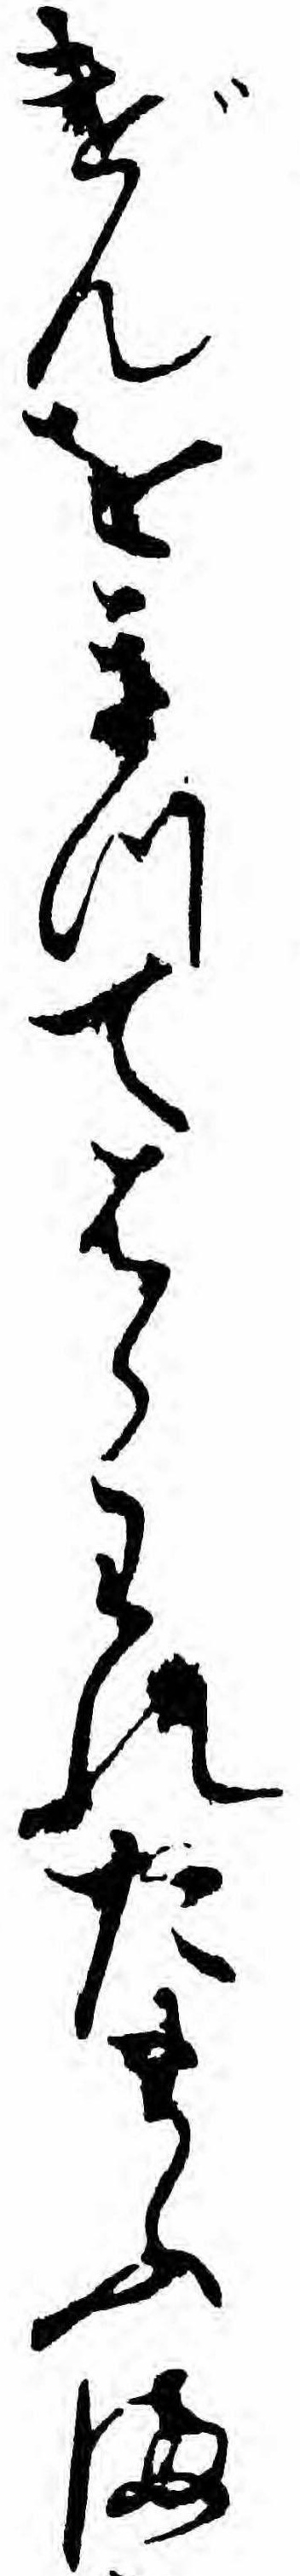
げんをきつてはらわれたまふま